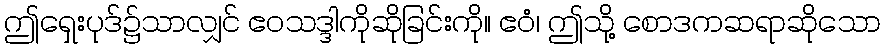
ဤရှေးပုဒ်၌သာလျှင် ဧဝသဒ္ဒါကိုဆိုခြင်းကို။ ဧဝံ၊ ဤသို့ စောဒကဆရာဆိုသော